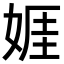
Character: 娾